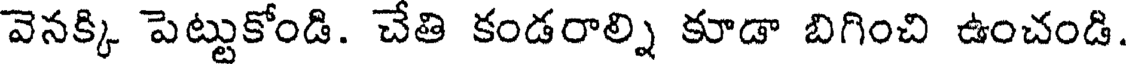
వెనక్కి పెట్టుకోండి. చేతి కండరాల్ని కూడా బిగించి ఉంచండి